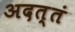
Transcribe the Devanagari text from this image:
अदत्तं